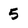
Character: 5